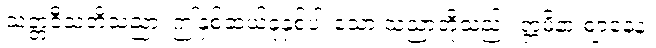
သတ္တဝီသတိသညာ၊ ဤနှစ်ဆယ့်ခုနှစ်ပါးသော သညာတို့သည်။ ဣမိနာ ဈာနေန၊